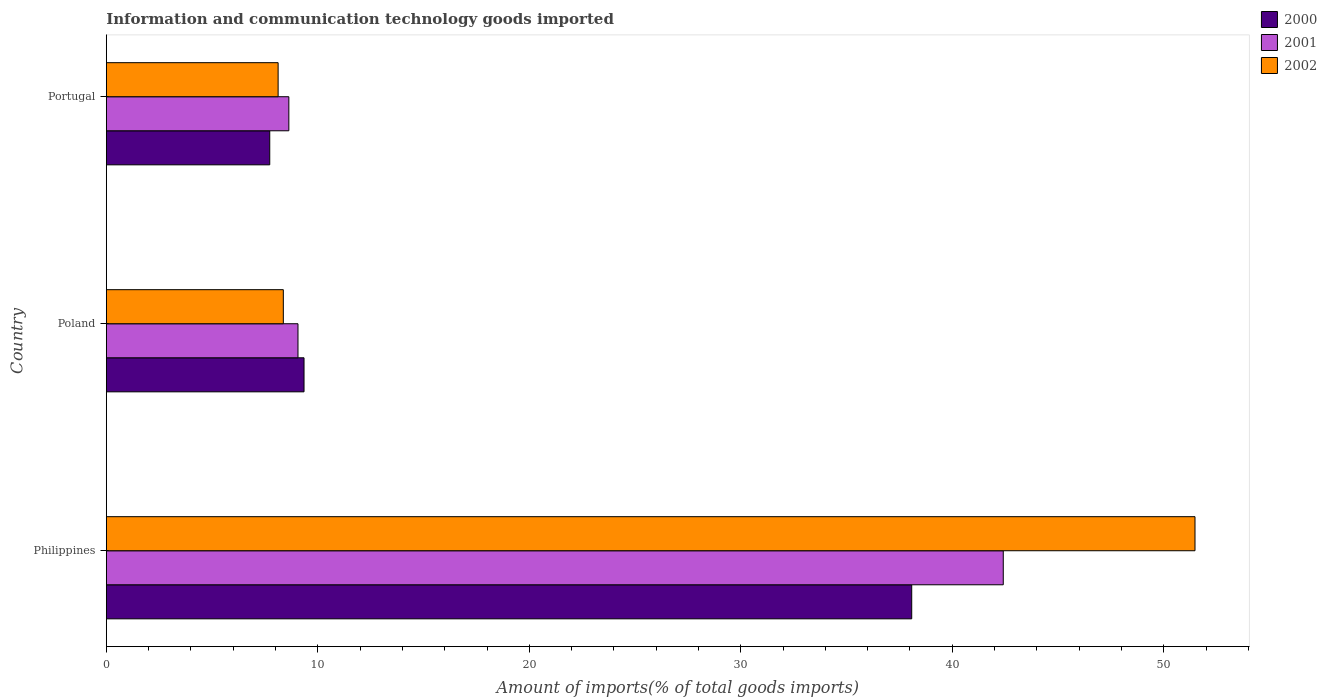
| Country | 2000 | 2001 | 2002 |
 | --- | --- | --- | --- |
 | Philippines | 38.1 | 42.4 | 51.5 |
 | Poland | 9.35 | 9.06 | 8.37 |
 | Portugal | 7.73 | 8.63 | 8.12 |